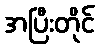
အပြီးတိုင်